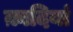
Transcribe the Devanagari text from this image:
क़ादियां